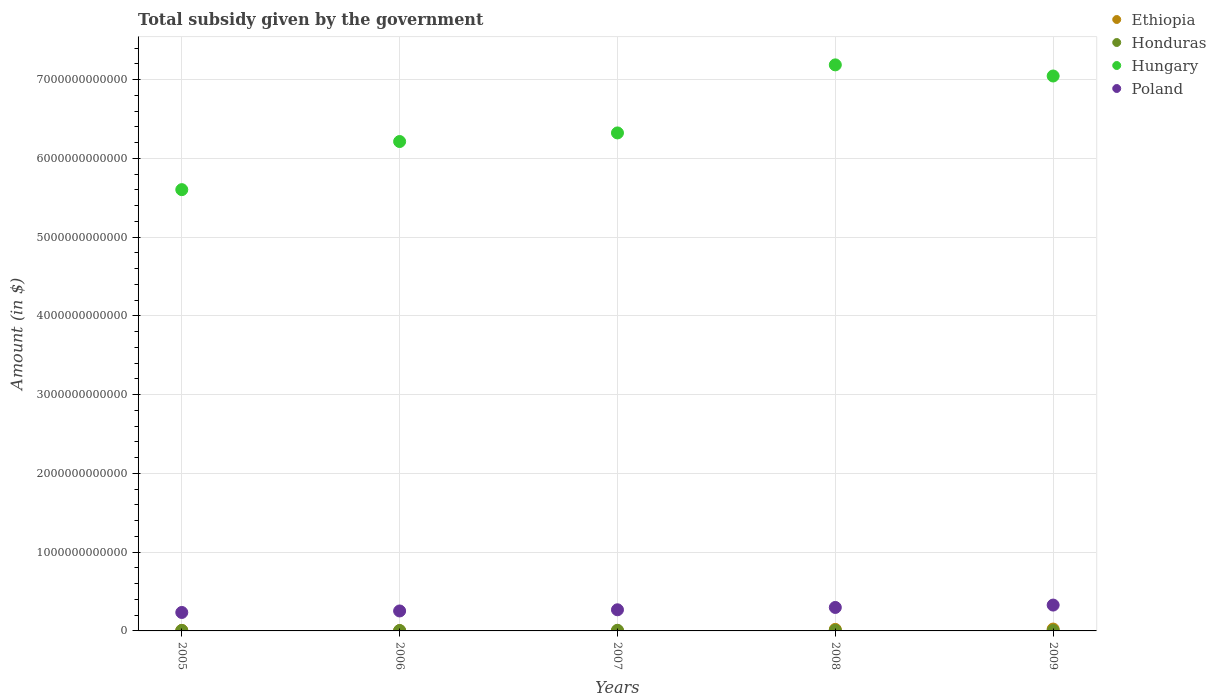
| Years | Ethiopia | Honduras | Hungary | Poland |
 | --- | --- | --- | --- | --- |
 | 2005 | 6.65e+09 | 5.27e+09 | 5.6e+12 | 2.34e+11 |
 | 2006 | 3.18e+09 | 4.83e+09 | 6.21e+12 | 2.53e+11 |
 | 2007 | 1.15e+09 | 8.13e+09 | 6.32e+12 | 2.68e+11 |
 | 2008 | 1.94e+10 | 7.38e+09 | 7.19e+12 | 2.98e+11 |
 | 2009 | 2.37e+10 | 4.75e+09 | 7.04e+12 | 3.28e+11 |